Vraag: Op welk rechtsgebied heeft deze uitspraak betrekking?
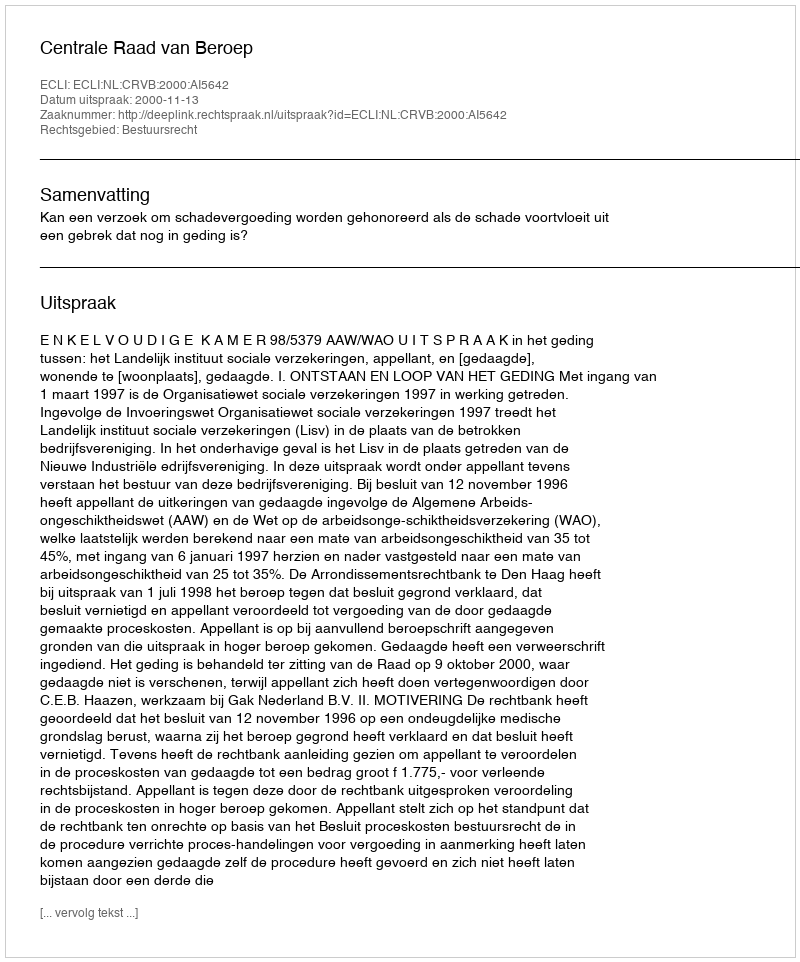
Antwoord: Bestuursrecht